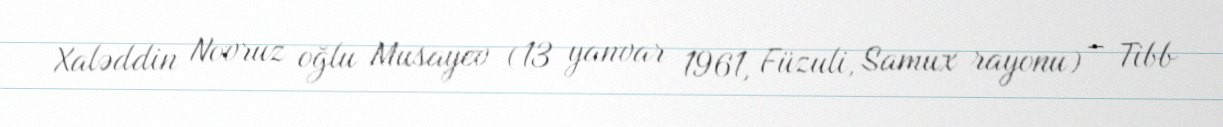
Xaləddin Novruz oğlu Musayev (13 yanvar 1961, Füzuli, Samux rayonu) – Tibb